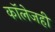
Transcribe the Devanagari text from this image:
काॅलेजही